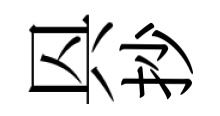
㒷抄